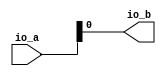
module Tail(
  input  [2:0] io_a,
  output       io_b
);
  assign io_b = io_a[0];
endmodule